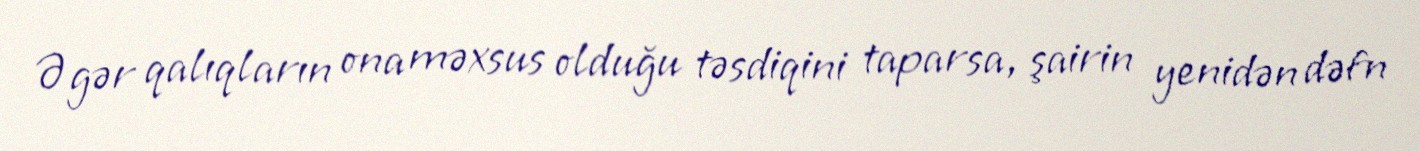
Əgər qalıqların ona məxsus olduğu təsdiqini taparsa, şairin yenidən dəfn